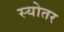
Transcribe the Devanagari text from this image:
स्योतर